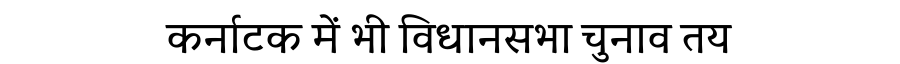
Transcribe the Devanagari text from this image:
कर्नाटक में भी विधानसभा चुनाव तय